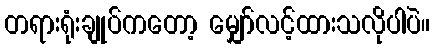
တရားရုံးချုပ်ကတော့ မျှော်လင့်ထားသလိုပါပဲ။